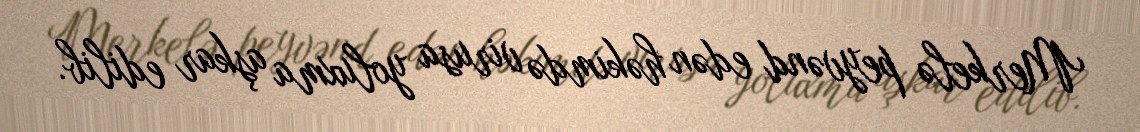
Merkelə peyvənd edən həkimdə virusa yoluxma aşkar edilib.